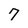
Character: 7